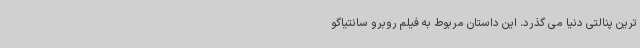
ترین پنالتی دنیا می گذرد. این داستان مربوط به فیلم روبرو سانتیاگو